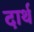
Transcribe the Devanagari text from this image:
दार्थ